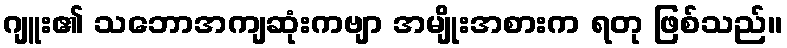
ဂျူး၏ သဘောအကျဆုံးကဗျာ အမျိုးအစားက ရတု ဖြစ်သည်။